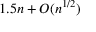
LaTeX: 1 . 5 n + O ( n ^ { 1 / 2 } )